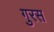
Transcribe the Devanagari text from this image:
गुरस